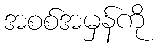
အစစ်အမှန်ကို